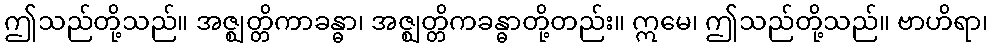
ဤသည်တို့သည်။ အဇ္ဈတ္တိကာခန္ဓာ၊ အဇ္ဈတ္တိကခန္ဓာတို့တည်း။ ဣမေ၊ ဤသည်တို့သည်။ ဗာဟိရာ၊